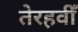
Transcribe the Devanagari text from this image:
तेरहवीँ